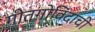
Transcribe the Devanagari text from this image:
गीतगोविंदाची